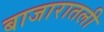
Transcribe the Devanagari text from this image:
बाजारातली